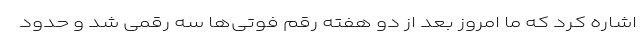
اشاره کرد که ما امروز بعد از دو هفته رقم فوتی‌ها سه رقمی شد و حدود